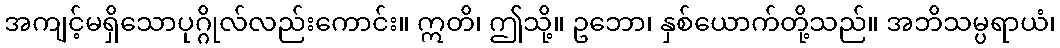
အကျင့်မရှိသောပုဂ္ဂိုလ်လည်းကောင်း။ ဣတိ၊ ဤသို့။ ဥဘော၊ နှစ်ယောက်တို့သည်။ အဘိသမ္ပရာယံ၊